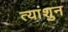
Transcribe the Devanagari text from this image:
त्यांशुन